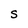
Character: S